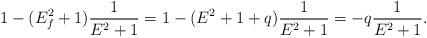
LaTeX: \begin{align*}1 - (E_f^2+1)\frac{1}{E^2 +1} = 1- (E^2+1+q)\frac{1}{E^2 +1}=- q \frac{1}{E^2+1}.\end{align*}